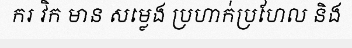
ករ វិក មាន សម្លេង ប្រហាក់ប្រហែល និង